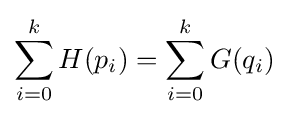
\sum _{i=0}^{k}H(p_{i})=\sum _{i=0}^{k}G(q_{i})